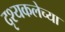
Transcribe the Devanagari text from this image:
दृश्यकलेच्या